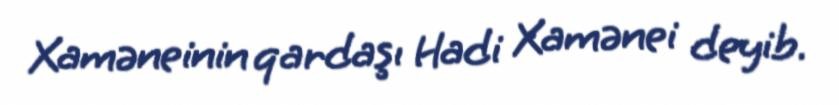
Xaməneinin qardaşı Hadi Xamənei deyib.